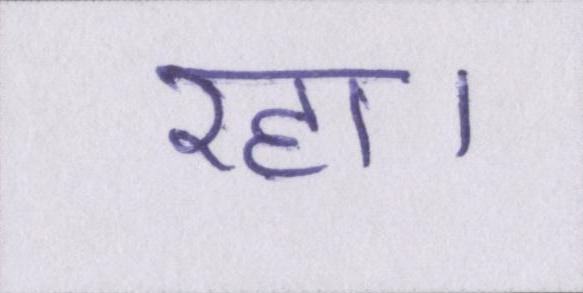
रहा।